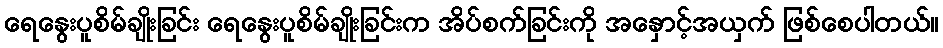
ရေနွေးပူစိမ်ချိုးခြင်း ရေနွေးပူစိမ်ချိုးခြင်းက အိပ်စက်ခြင်းကို အနှောင့်အယှက် ဖြစ်စေပါတယ်။